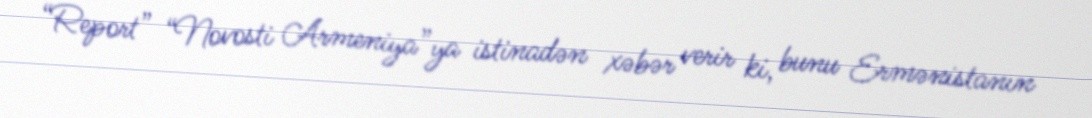
“Report” “Novosti Armeniya”ya istinadən xəbər verir ki, bunu Ermənistanın